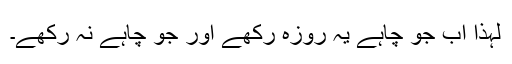
لہٰذا اب جو چاہے یہ روزہ رکھے اور جو چاہے نہ رکھے۔